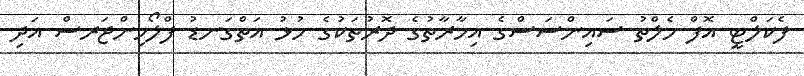
ފެކަލްޓީ އޮފް ހެލްތު ސައިންސަސްގެ އިމާރާތުގެ ދޮރުތަކުގެ ހުޅު އަތްގަނޑު ފްލޯހިންޖަރސް އަދި